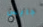
جايس